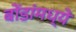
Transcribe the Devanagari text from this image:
बोंडांमध्ये